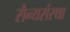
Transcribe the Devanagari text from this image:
सैन्यसंस्था